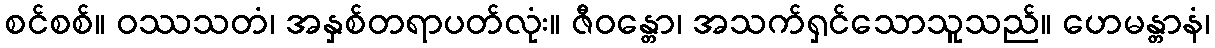
စင်စစ်။ ဝဿသတံ၊ အနှစ်တရာပတ်လုံး။ ဇီဝန္တော၊ အသက်ရှင်သောသူသည်။ ဟေမန္တာနံ၊